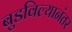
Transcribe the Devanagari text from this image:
बुडविल्यानंतर